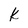
Character: k